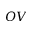
O V